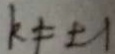
k \neq \pm 1